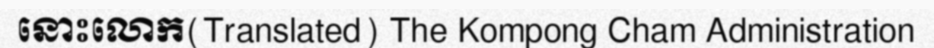
នោះលោក(Translated) The Kompong Cham Administration